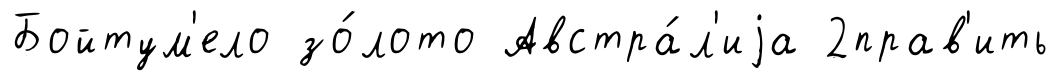
Бойтум'ело зо́лото Австра́л'иjа 2прав'ить